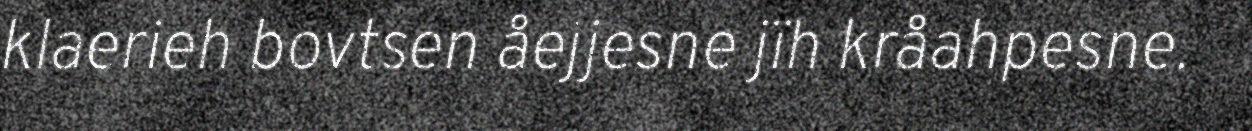
klaerieh bovtsen åejjesne jïh kråahpesne.